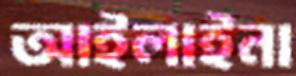
আইলাইনা